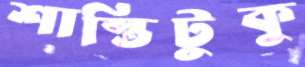
শাস্তিটুকু